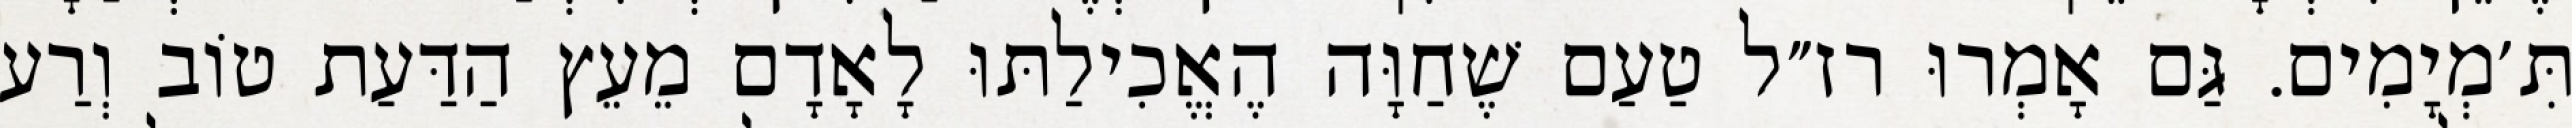
תִּ׳מְיָמִים. גַּם אָמְרוּ רז״ל טַעַם שֶׁחַוָּה הֶאֱכִילַתּוּ לָאָדָם מֵעֵץ הַדַּעַת טוֹב וְרַע